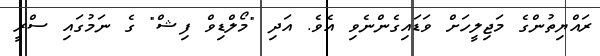
ރައްޔިތުންގެ މަޖިލީހަށް ވަޑައިގެންނެވި އެވެ. އަދި "މޯލްޑިވް ފިޝް" ގެ ނަމުގައި ސްރީ